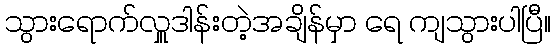
သွားရောက်လှူဒါန်းတဲ့အချိန်မှာ ရေ ကျသွားပါပြီ။